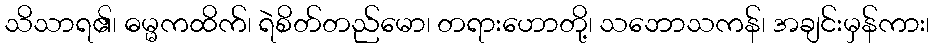
သိသာရ၏၊ ဓမ္မကထိက်၊ ရဲစိတ်တည်မော၊ တရားဟောတို့၊ သဘောသကန်၊ အချင်းမှန်ကား၊